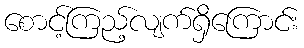
စောင့်ကြည့်လျက်ရှိကြောင်း